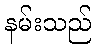
နမ်းသည်